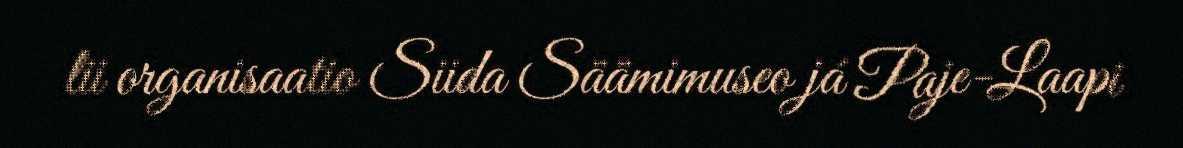
lii organisaatio Siida Säämimuseo já Paje-Laapi